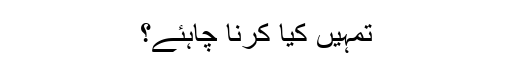
تمہیں کیا کرنا چاہئے؟